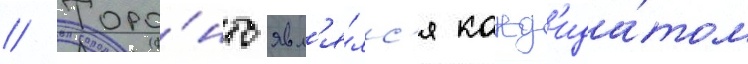
// Торо́нто явл'я́лс'я канд'ида́том